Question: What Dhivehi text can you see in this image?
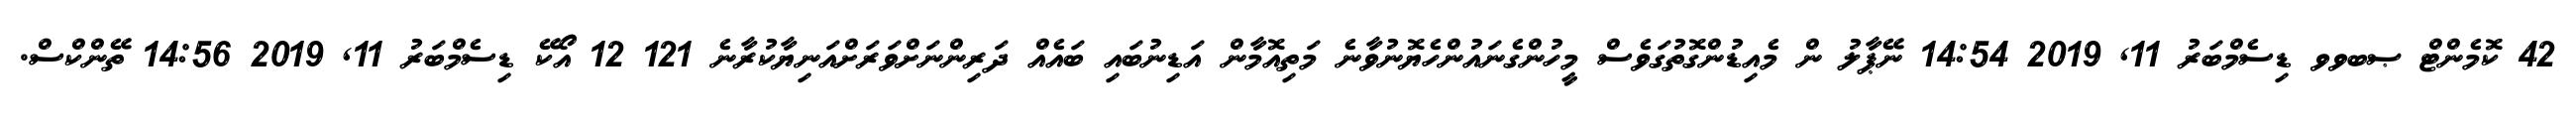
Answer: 42 ކޮމެންޓް ޞބވވ ޑިސެމްބަރު 11, 2019 14:54 ނޭޕާލު ން މެއިޑުންގޮތުގަވެސް މީހުންގެނައުންހެޔޮނުވާނެ މަތިއޮމާން އަޑިނުބައި ބައެއް ދަރިންނަށްވަރަށްއަނިޔާކުރާނެ 121 12 އޯކޭ ޑިސެމްބަރު 11, 2019 14:56 ތޭންކްސް.